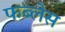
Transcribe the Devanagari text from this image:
फब्लेस